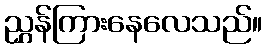
ညွှန်ကြားနေလေသည်။